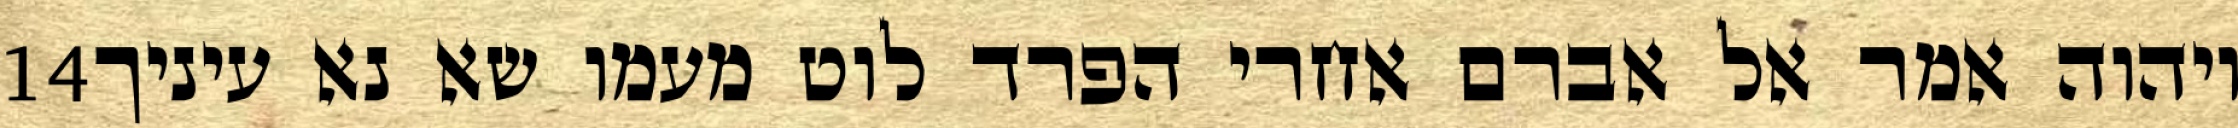
‎14‏ ויהוה אמר אל אברם אחרי הפרד לוט מעמו שא נא עיניך